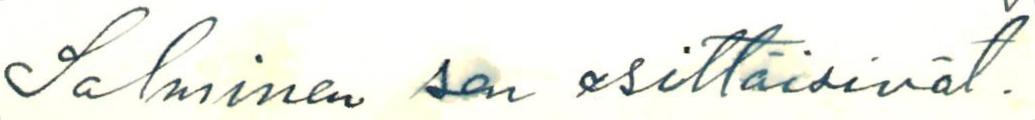
Salminen sen esittäisivät.